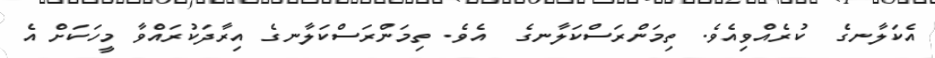
އެކަލާނގެ  ކުރެއްވިއެވެ. ތިމަންރަސްކަލާނގެ  އެވެ. ތިމަންރަސްކަލާނގެ އިރާދަކުރައްވާ މީހަކަށް އެ